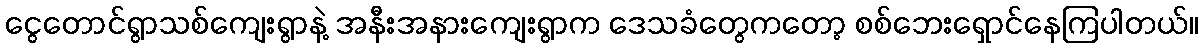
ငွေတောင်ရွာသစ်ကျေးရွာနဲ့ အနီးအနားကျေးရွာက ဒေသခံတွေကတော့ စစ်ဘေးရှောင်နေကြပါတယ်။